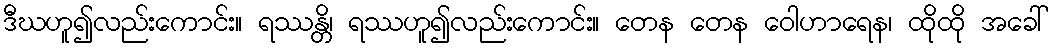
ဒီဃဟူ၍လည်းကောင်း။ ရဿန္တိ၊ ရဿဟူ၍လည်းကောင်း။ တေန တေန ဝေါဟာရေန၊ ထိုထို အခေါ်